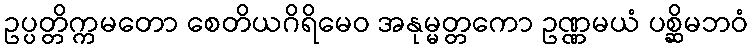
ဥပ္ပတ္တိက္ကမတော စေတိယဂိရိမေဝ အနုမ္မတ္တကော ဥဏ္ဏမယံ ပစ္ဆိမဘဝံ